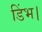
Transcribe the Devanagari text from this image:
डिंभ।